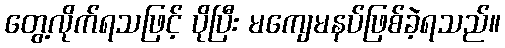
တွေ့လိုက်ရသဖြင့် ပိုပြီး မကျေမနပ်ဖြစ်ခဲ့ရသည်။